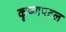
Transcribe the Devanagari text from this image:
कृष्णपटल